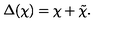
\Delta ( \chi ) = \chi + \tilde { \chi } .